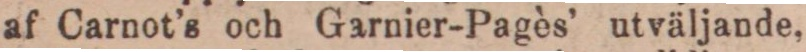
af Carnot’s och Garnier-Pagès’ utväljande,